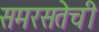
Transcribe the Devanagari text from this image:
समरसतेची